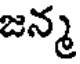
జన్మ